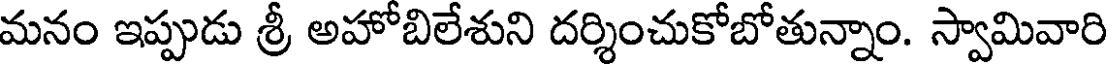
మనం ఇప్పుడు శ్రీ అహోబిలేశుని దర్శించుకోబోతున్నాం. స్వామివారి